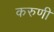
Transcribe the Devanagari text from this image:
करुणी